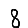
Digit: 8